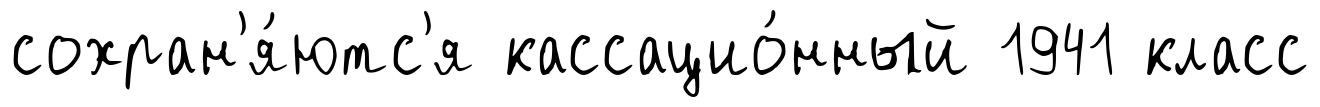
сохран'я́ютс'я кассацио́нный 1941 класс